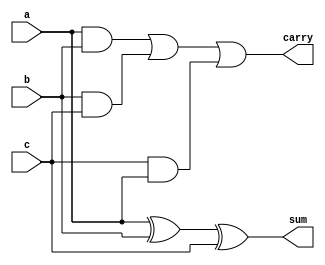
`timescale 1ns / 1ps
//////////////////////////////////////////////////////////////////////////////////
// Company: 
// Engineer: 
// 
// Design Name: 
// Module Name: full_adder
// Project Name: 
// Target Devices: 
// Tool Versions: 
// Description: 
// 
// Dependencies: 
// 
// Revision:
// Revision 0.01 - File Created
// Additional Comments:
// 
//////////////////////////////////////////////////////////////////////////////////


module full_adder(
    input a,
    input b,
    input c,
    output sum,
    output carry
    );
    assign sum = a ^ b ^ c ;
    assign carry = (a & b) | (b & c) | (c & a);
endmodule